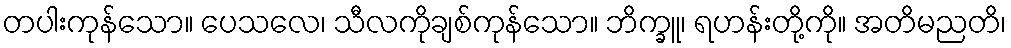
တပါးကုန်သော။ ပေသလေ၊ သီလကိုချစ်ကုန်သော။ ဘိက္ခူ၊ ရဟန်းတို့ကို။ အတိမညတိ၊